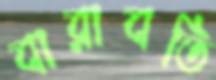
বারাবতি